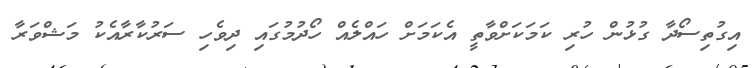
އިގުތިސޯދާ ގުޅުން ހުރި ކަމަކަށްވާތީ އެކަމަށް ހައްލެއް ހޯދުމުގައި ދިވެހި ސަރުކާރާއެކު މަޝްވަރާ